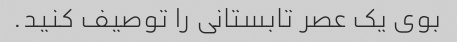
بوی یک عصر تابستانی را توصیف کنید.